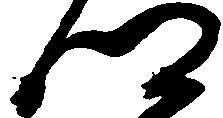
郷